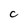
Character: c